Document type: payment_order
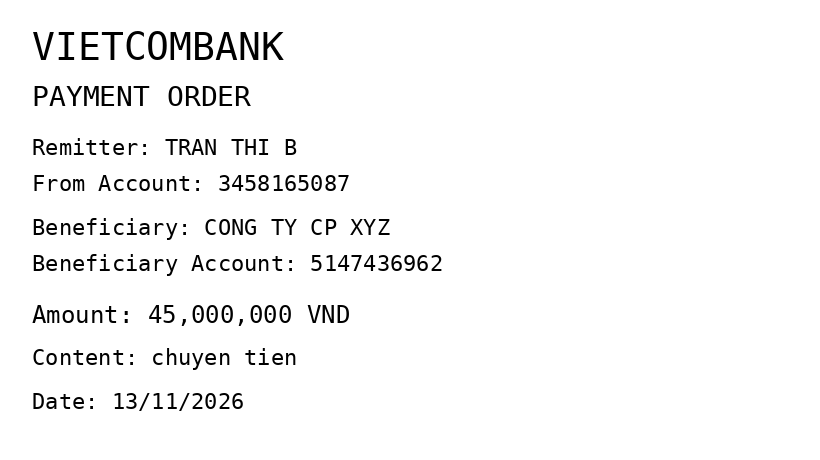
OCR transcript:
VIETCOMBANK
PAYMENT ORDER
Remitter: TRAN THI B
From Account: 3458165087
Beneficiary: CONG TY CP XYZ
Beneficiary Account: 5147436962
Amount: 45,000,000 VND
Content: chuyen tien
Date: 13/11/2026
Extracted fields:
bank_name: vietcombank
sender_name: tran thi b
sender_account: 3458165087
beneficiary_name: cong ty cp xyz
beneficiary_account: 5147436962
amount: 45000000
content: chuyen tien
date: 2026-11-13